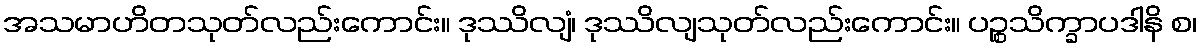
အသမာဟိတသုတ်လည်းကောင်း။ ဒုဿိလျံ၊ ဒုဿိလျသုတ်လည်းကောင်း။ ပဉ္စသိက္ခာပဒါနိ စ၊